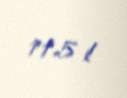
11,5 l